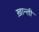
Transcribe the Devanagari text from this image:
ख़ान्ती